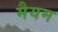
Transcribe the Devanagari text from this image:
मैयम